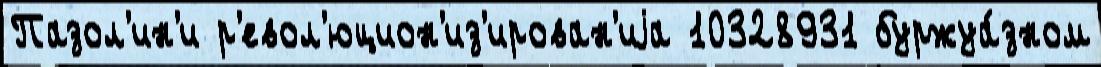
Пазол'ин'и р'евол'юцион'из'ирован'иjа 10328931 буржуа́зном